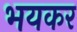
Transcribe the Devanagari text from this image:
भयकर